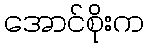
အောင်စိုးက